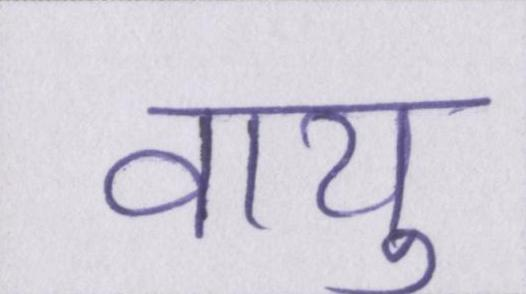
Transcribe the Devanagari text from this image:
वायु